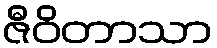
ဇီဝိတာသာ